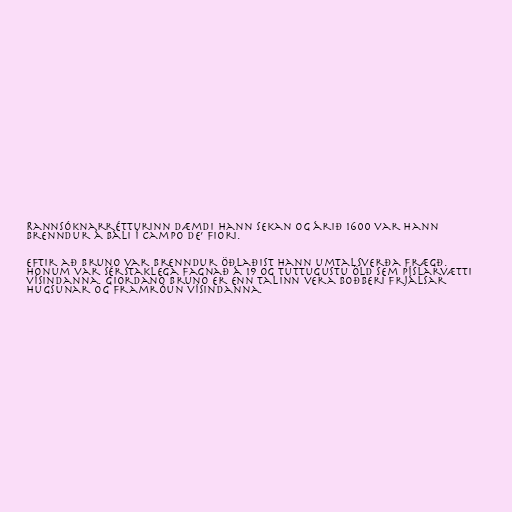
Rannsóknarrétturinn dæmdi hann sekan og árið 1600 var hann
brenndur á báli í Campo de’ Fiori.

Eftir að Bruno var brenndur öðlaðist hann umtalsverða frægð.
Honum var sérstaklega fagnað á 19 og tuttugustu öld sem píslarvætti
vísindanna. Giordano Bruno er enn talinn vera boðberi frjálsar
hugsunar og framróun vísindanna.